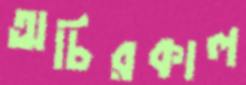
অচিরকাল